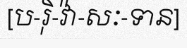
[ប-រ៉ិ-វ៉ា-សៈ-ទាន]